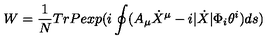
W = \frac { 1 } { N } T r P e x p ( i \oint ( A _ { \mu } \dot { X } ^ { \mu } - i | \dot { X } | \Phi _ { i } \theta ^ { i } ) d s )